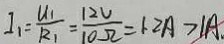
I _ { 1 } = \frac { u _ { 1 } } { R _ { 1 } } = \frac { 1 2 V } { 1 0 \Omega } = 1 . 2 A > 1 A